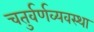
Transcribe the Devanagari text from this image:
चतुर्वर्णव्यवस्था